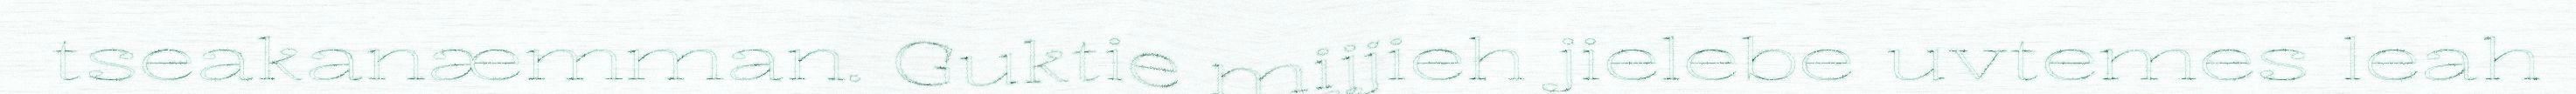
tseakanæmman. Guktie mijjieh jielebe uvtemes leah